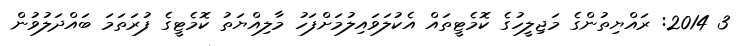
3 2014: ރައްޔިތުންގެ މަޖިލީހުގެ ކޮމެޓީތައް އެކުލަވައިލުމަށްފަހު މާލިއްޔަތު ކޮމެޓީގެ ފުރަތަމަ ބައްދަލުވުން